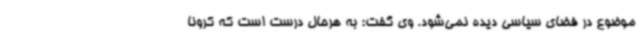
موضوع در فضای سیاسی دیده نمی‌شود. وی گفت: به هرحال درست است که کرونا